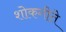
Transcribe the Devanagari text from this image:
शोकगीते